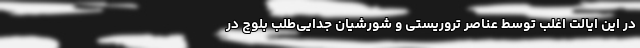
در این ایالت اغلب توسط عناصر تروریستی و شورشیان جدایی‌طلب بلوچ در